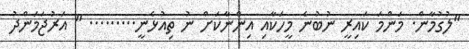
"ލުގުމާން. މަންމަ ކައިރީ ނުބުނެ މީހަކާއި އިންނާކަށް ނު ތިއުޅެނީ......... " އަރުޖަމަންދު